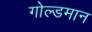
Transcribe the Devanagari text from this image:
गोल्डमान